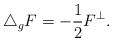
LaTeX: \begin{align*}\triangle_{g}F=-\frac{1}{2}F^{\perp}.\end{align*}